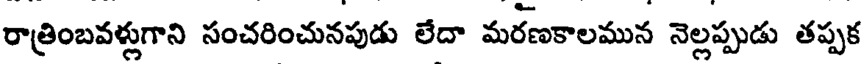
రాత్రింబవళ్లుగాని సంచరించునపుడు లేదా మరణకాలమున నెల్లప్పుడు తప్పక